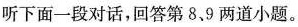
听下面一段对话，回答第8、9 两道小题。